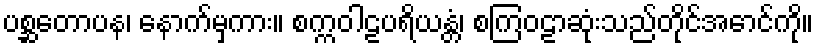
ပစ္ဆတောပန၊ နောက်မှကား။ စက္ကဝါဠပရိယန္တံ၊ စကြဝဠာဆုံးသည်တိုင်အောင်ကို။